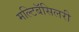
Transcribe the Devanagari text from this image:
मल्टिबॅसिलरी